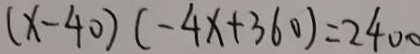
( x - 4 0 ) ( - 4 x + 3 6 0 ) = 2 4 0 0